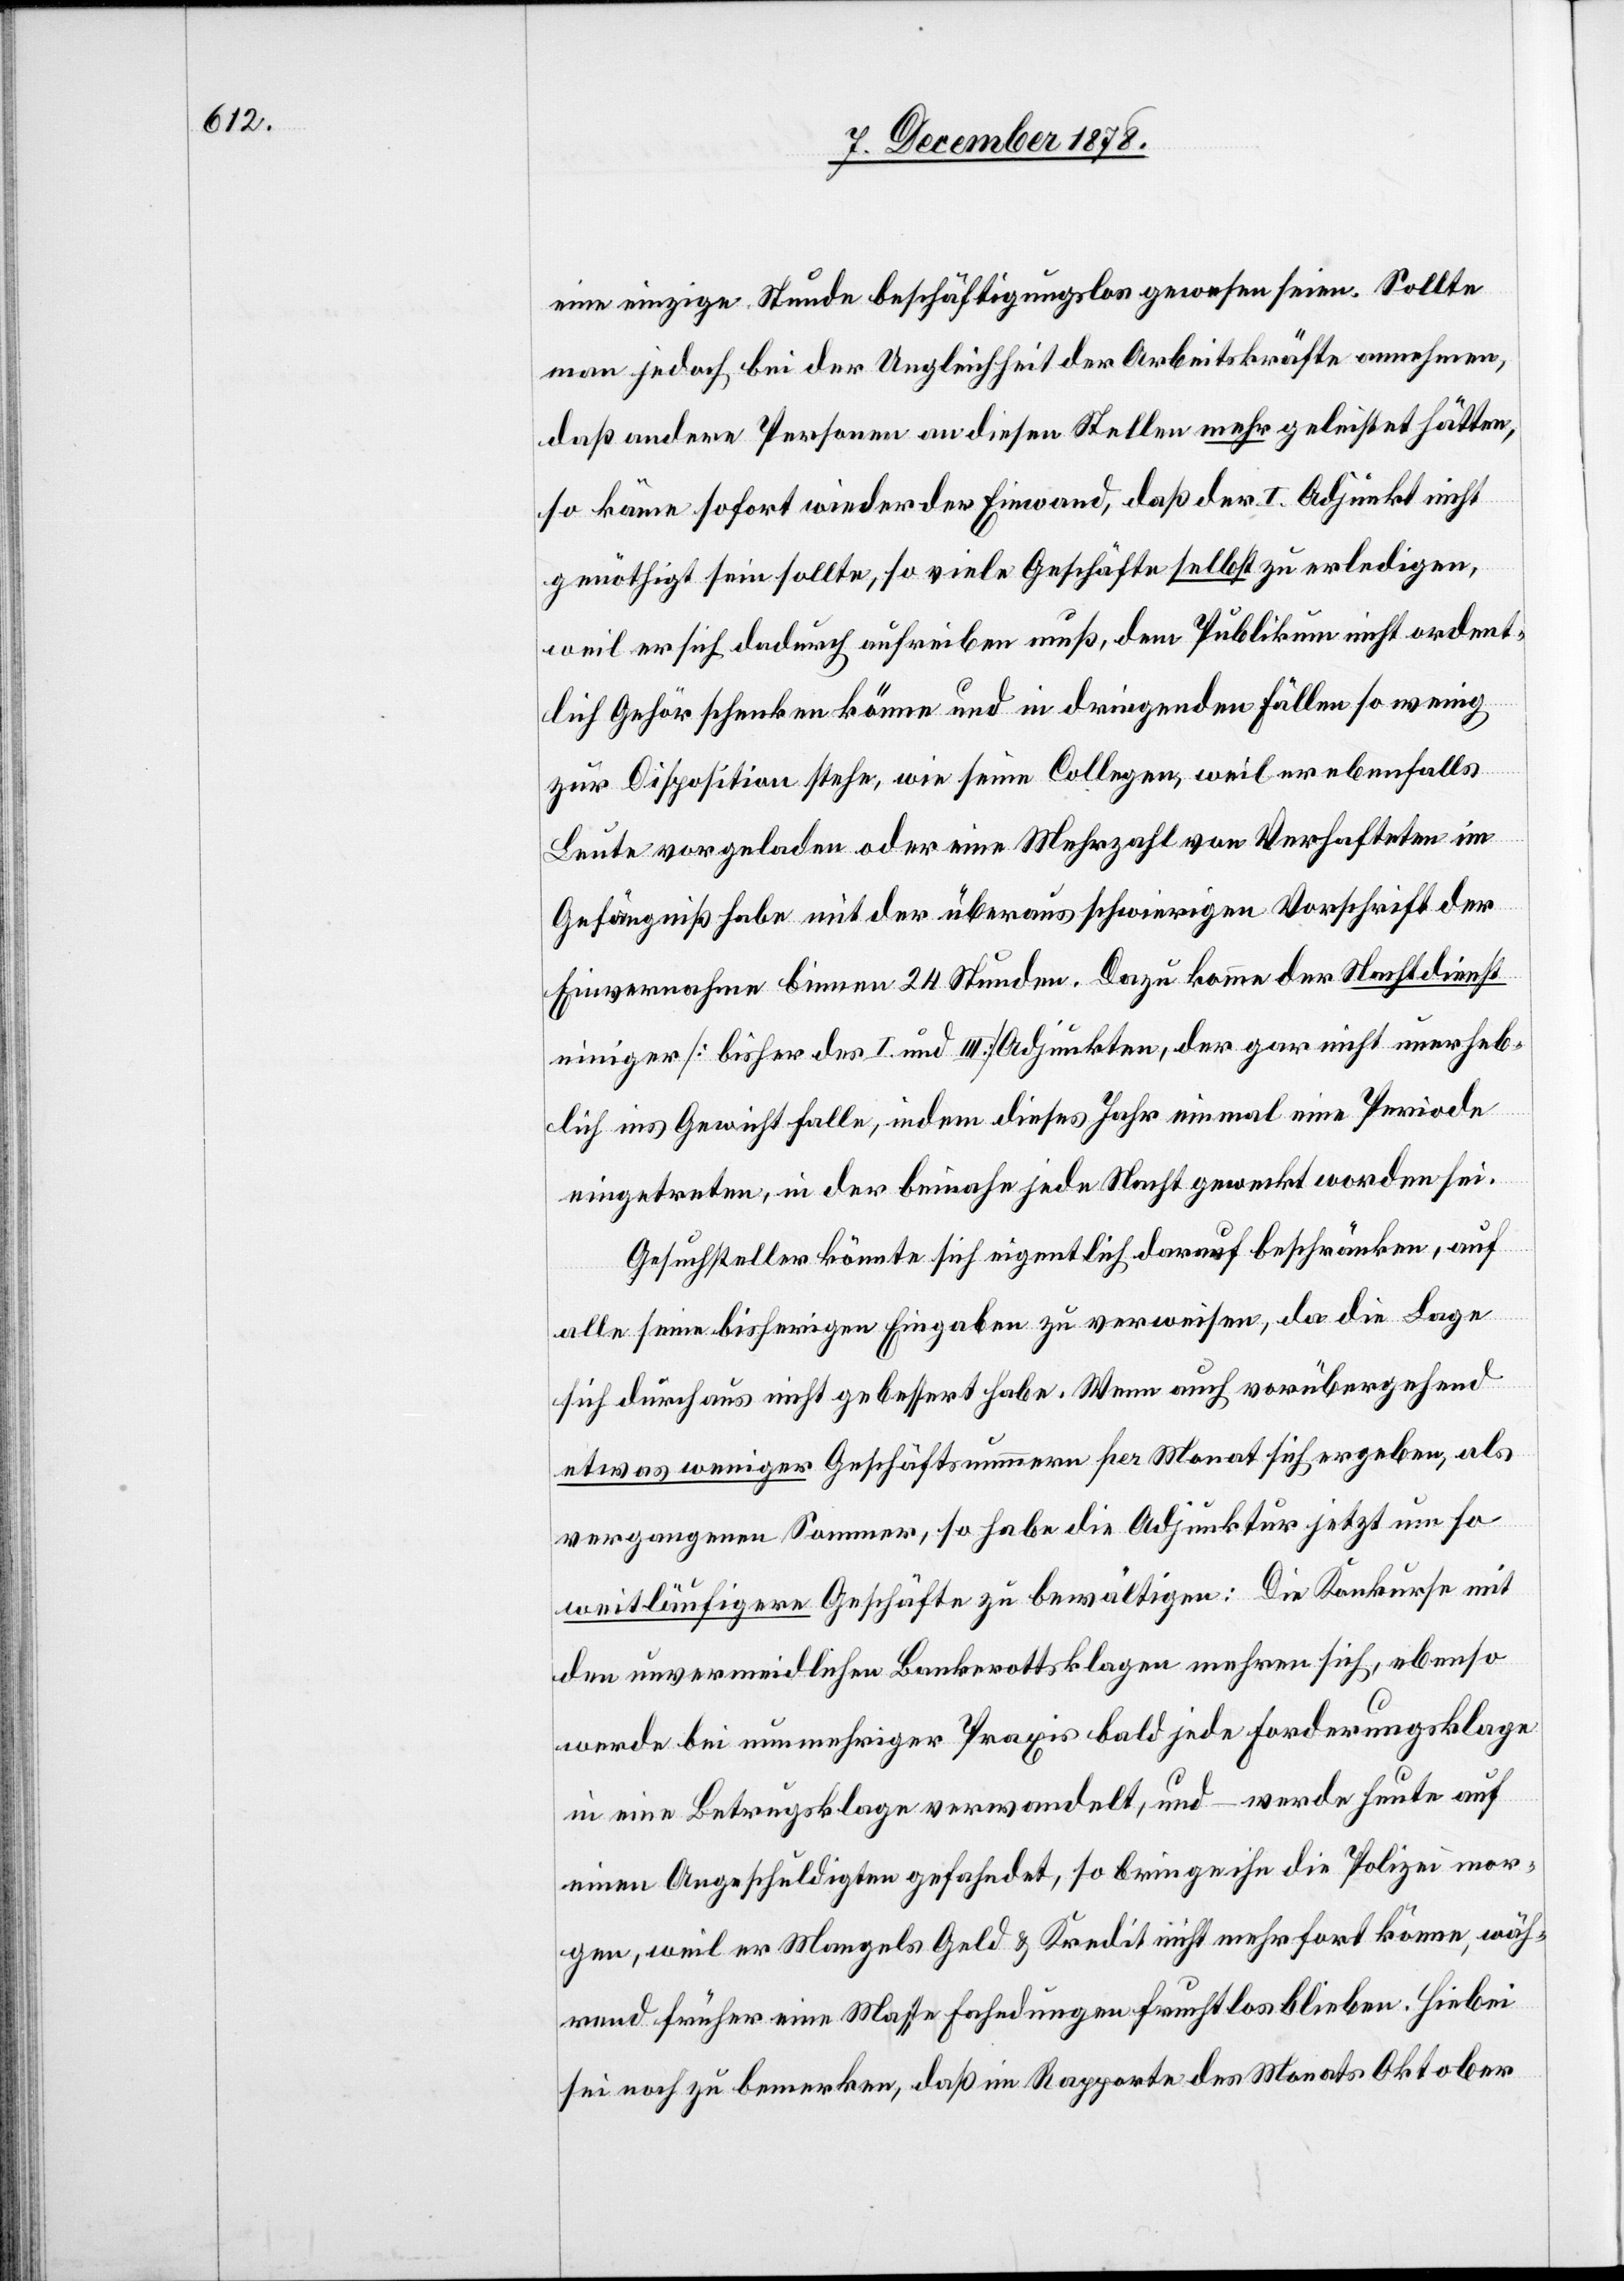
eine einzige Stunde beschäftigungslos gewesen seien. Sollte
man jedoch bei der Ungleichheit der Arbeitskräfte annehmen,
daß andere Personen an diesen Stellen mehr geleistet hätten,
so käme sofort wieder der Einwand, daß der I. Adjunkt nicht
genöthigt sein sollte, so viele Geschäfte selbst zu erledigen,
weil er sich dadurch aufreiben muß, dem Publikum nicht ordent¬
lich Gehör schenken könne und in dringenden Fällen so wenig
zur Disposition stehe, wie seine Collegen, weil er ebenfalls
Leute vorgeladen oder einer Mehrzahl von Verhafteten im
Gefängniß habe mit der überaus schwierigen Vorschrift der
Einvernahme binnen 24 Stunden. Dazu komme der Nachtdienst
einiger [bisher des I. und III.] Adjunkten, der gar nicht unerheb¬
lich ins Gewicht falle, indem dieses Jahr einmal eine Periode
eingetreten, in der beinahe jede Nacht geweckt worden sei.
Gesuchsteller könnte sich eigentlich darauf beschränken, auf
alle seine bisherigen Eingaben zu verweisen, da die Lage
sich durchaus nicht gebessert habe. Wenn auch vorübergehend
etwas weniger Geschäftsnummern per Monat sich ergeben, als
vergangenen Sommer, so habe die Adjunktur jetzt um so
weitläufigere Geschäfte zu bewältigen: Die Konkurse mit
den unvermeidlichen Bankrottsklagen mehren sich, ebenso
werde bei nunmehriger Praxis bald jede Forderungsklage
in eine Betrugsklage verwandelt, und – werde heute auf
einen Angeschuldigten gefahndet, so bringe ihn die Polizei mor¬
gen, weil er Mangels Geld & Kredit nicht mehr fort könne, wäh¬
rend früher eine Masse Fahndungen fruchtlos blieben. Hiebei
sei noch zu bemerken, daß im Rapport des Monats Oktober